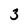
Character: 3